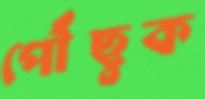
পৌঁছুক